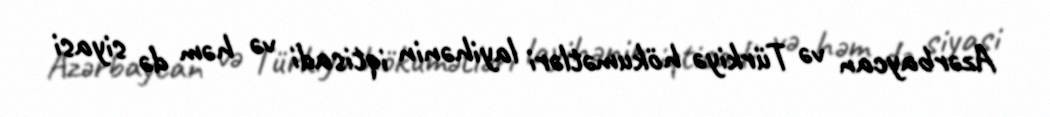
Azərbaycan və Türkiyə hökumətləri layihənin iqtisadi və həm də siyasi